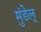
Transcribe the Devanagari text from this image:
मुंडेल्